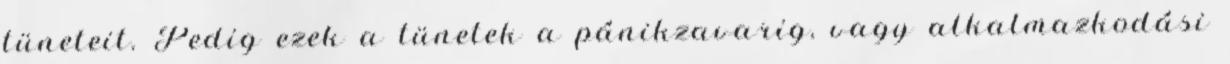
tüneteit. Pedig ezek a tünetek a pánikzavarig, vagy alkalmazkodási